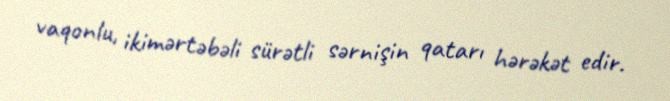
vaqonlu, ikimərtəbəli sürətli sərnişin qatarı hərəkət edir.